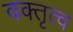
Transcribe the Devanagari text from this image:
वक्‍तृत्‍व